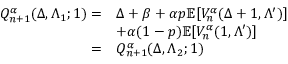
\begin{array} { r l } { Q _ { n + 1 } ^ { \alpha } ( \Delta , \Lambda _ { 1 } ; 1 ) = } & { \Delta + \beta + \alpha p \mathbb { E } [ V _ { n } ^ { \alpha } ( \Delta + 1 , \Lambda ^ { \prime } ) ] } \\ & { + \alpha ( 1 - p ) \mathbb { E } [ V _ { n } ^ { \alpha } ( 1 , \Lambda ^ { \prime } ) ] } \\ { = } & { Q _ { n + 1 } ^ { \alpha } ( \Delta , \Lambda _ { 2 } ; 1 ) } \end{array}